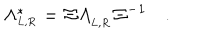
LaTeX: \Lambda _ { _ { L , R } } ^ { \ast } = \mit { \Xi } \Lambda _ { _ { L , R } } \mit { \Xi } ^ { - 1 } \quad .